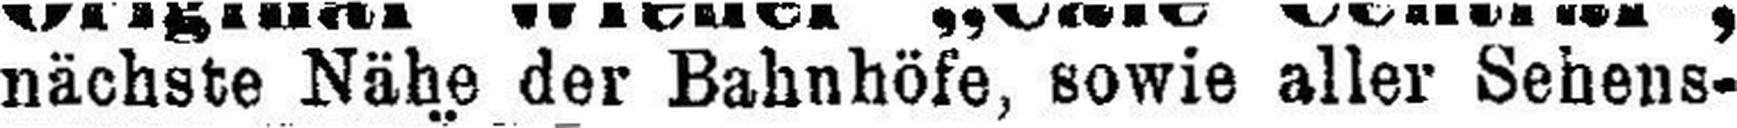
nächste Nähe der Bahnhöfe, sowie aller Sehens¬